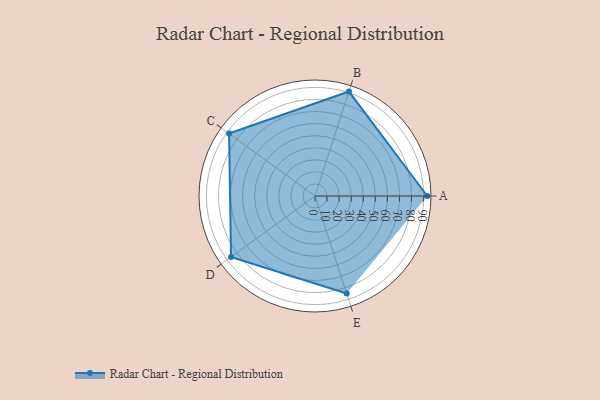
{"axis": {"x": "Skill", "y": "Score"}, "legend": ["Profile"], "data": [{"x": "A", "y": 93.0, "type": "Profile"}, {"x": "B", "y": 91.0, "type": "Profile"}, {"x": "C", "y": 88.0, "type": "Profile"}, {"x": "D", "y": 86.0, "type": "Profile"}, {"x": "E", "y": 85.0, "type": "Profile"}]}